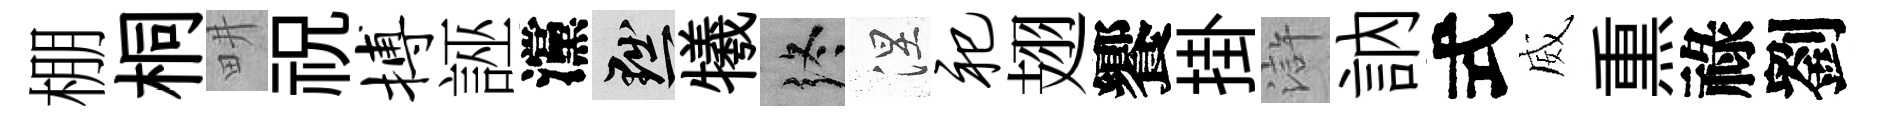
棚桐畊祝搏誣灙黜犧终涅祀翅饗掛滸訥式威𤋱祿劉